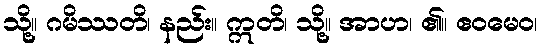
သို့။ ဂမိဿတိ၊ နည်း။ ဣတိ၊ သို့။ အာဟ၊ ၏။ ဧဝမေဝ၊